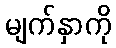
မျက်နှာကို